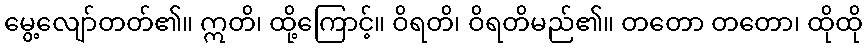
မွေ့လျော်တတ်၏။ ဣတိ၊ ထို့ကြောင့်။ ဝိရတိ၊ ဝိရတိမည်၏။ တတော တတော၊ ထိုထို